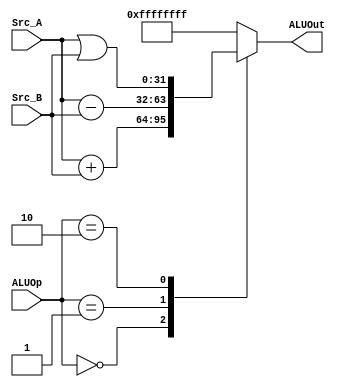
`timescale 1ns / 1ps

`define ALU_add  4'b0000        //  _
`define ALU_sub  4'b0001
`define ALU_or   4'b0010

module E_ALU(
    input [31:0] Src_A,
    input [31:0] Src_B,
    input [3:0] ALUOp,
    output [31:0] ALUOut
);
    reg [31:0] result;
    assign ALUOut=result;

  always @(*) begin
    case(ALUOp)
        `ALU_add:    result= Src_A + Src_B;
        `ALU_sub:    result= Src_A - Src_B;
        `ALU_or:     result= Src_A | Src_B;  
        default:     result=32'hffff_ffff;
    endcase
  end

endmodule